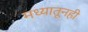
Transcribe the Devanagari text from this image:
मध्यातूनही